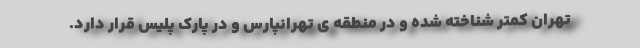
تهران کمتر شناخته شده و در منطقه ى تهرانپارس و در پارک پلیس قرار دارد.